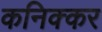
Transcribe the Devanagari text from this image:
कनिक्कर